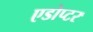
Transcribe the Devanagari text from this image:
एडोप्टर